Senior Leaving Certificate Examination (including Day School Certificate (Higher) General paper), 1946
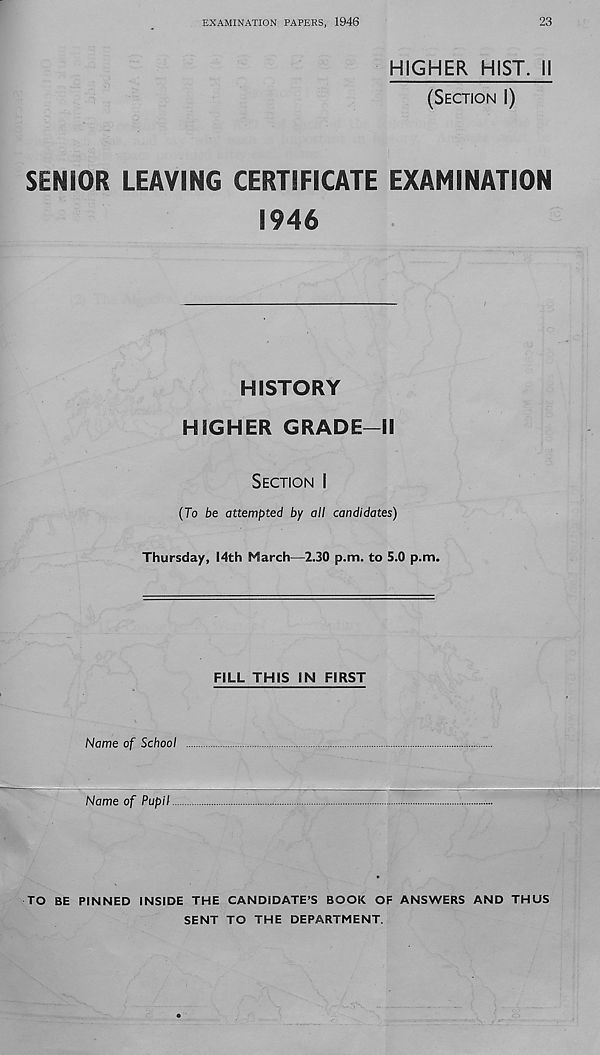
EXAMINATION PAPERS, 1946
23
HIGHER HIST. 11
(SECTION I)
SENIOR LEAVING CERTIFICATE EXAMINATION
1946
HISTORY
HIGHER GRADE—II
SECTION I
(To be attempted by all candidates)
Thursday, 14th March—2.30 p.m. to 5.0 p.m.
FILL THIS IN FIRST
Name of School
Name of Pupil
TO BE PINNED INSIDE THE CANDIDATE’S BOOK OF ANSWERS AND THUS
SENT TO THE DEPARTMENT.